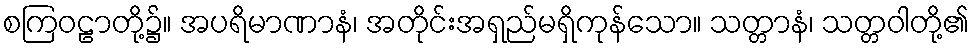
စကြဝဠာတို့၌။ အပရိမာဏာနံ၊ အတိုင်းအရှည်မရှိကုန်သော။ သတ္တာနံ၊ သတ္တဝါတို့၏